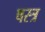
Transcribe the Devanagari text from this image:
षस्त्र